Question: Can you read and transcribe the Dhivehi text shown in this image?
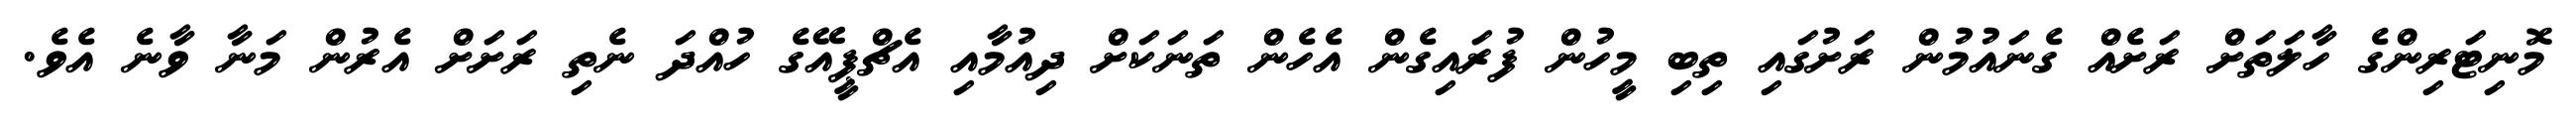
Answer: މޮނިޓަރިންގެ ހާލަތަށް ރަށެއް ގެނައުމުން ރަށުގައި ތިބި މީހުން ފުރައިގެން އެހެން ތަނަކަށް ދިއުމާއި އެޗްޕީއޭގެ ހުއްދަ ނެތި ރަށަށް އެރުން މަނާ ވާނެ އެވެ.